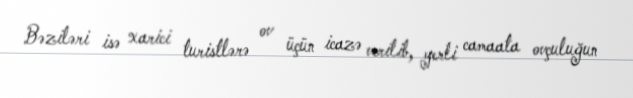
Bəziləri isə xarici turistlərə ov üçün icazə verilib, yerli camaata ovçuluğun